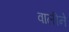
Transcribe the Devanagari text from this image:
वालीने